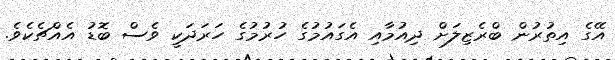
އޭގެ އިތުރުން ބްރެޒިލަށް ދިއުމާއި އެގައުމުގެ ހުރުމުގެ ހަރަދަކީ ވެސް ބޮޑު އެއްޗެކެވެ.